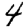
Digit: 4